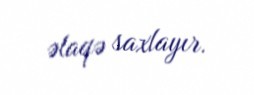
əlaqə saxlayır.